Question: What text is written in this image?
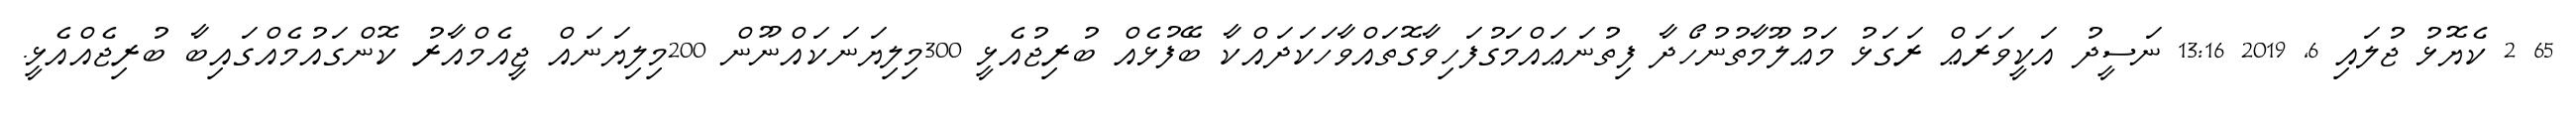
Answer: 65 2 ކެޔޮޅު ޖުލައި 6, 2019 13:16 ނަސީދު އަކީވަރަޢް ރަގަޅު މަޢުލޫމާތުނުހޯދާ ފިތުނަޢައްމަގުފަހިވާގޮތައްވާހަކަދައްކާ ބޭފުޅެއް ބުރިޖުއެޅީ 300މިލިޔަނަކައްނޫން 200މިލިޔަނައް ޖީއެމްއާރު ކޮންގައުމެއްގައިބާ ބުރިޖެއްއެޅީ.